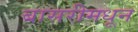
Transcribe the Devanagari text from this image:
बासरीमधून